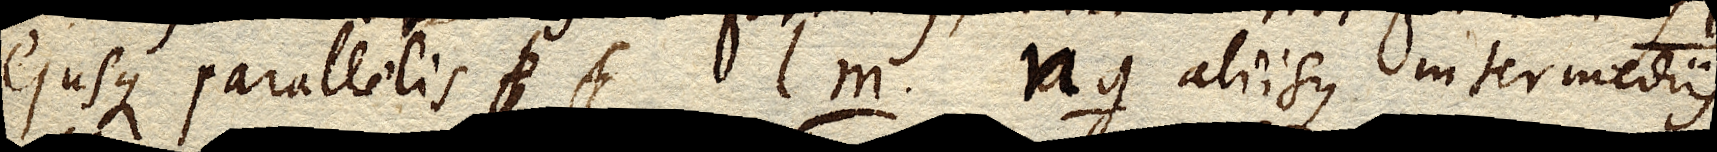
ejusque parallelis f f lm. ng aliisque intermediis